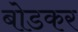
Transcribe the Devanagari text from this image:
बोडकर